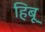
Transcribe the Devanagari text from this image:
हिबू